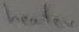
Text: heater